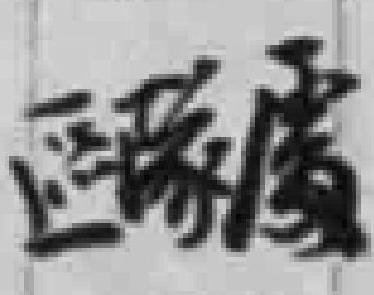
區隊處